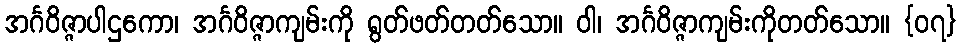
အင်္ဂဝိဇ္ဇာပါဌကော၊ အင်္ဂဝိဇ္ဇာကျမ်းကို ရွတ်ဖတ်တတ်သော။ ဝါ၊ အင်္ဂဝိဇ္ဇာကျမ်းကိုတတ်သော။ {၀၇}